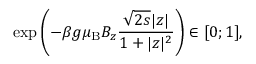
\exp \left( - \beta g { \ensuremath { \mu _ { \mathrm { B } } } } B _ { z } \frac { \sqrt { 2 s } | z | } { 1 + | z | ^ { 2 } } \right) \in [ 0 ; 1 ] ,